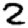
Digit: 2